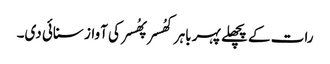
رات کے پچھلے پہر باہر کھُسر پھُسر کی آواز سنائی دی۔